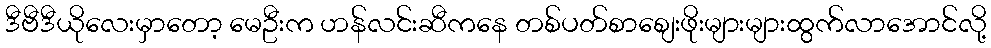
ဒီဗီဒီယိုလေးမှာတော့ မေဦးက ဟန်လင်းဆီကနေ တစ်ပတ်စာစျေးဖိုးများများထွက်လာအောင်လို့